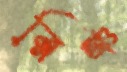
রিঞ্চ